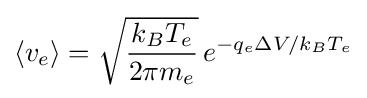
\langle v_{e}\rangle ={\sqrt {\frac {k_{B}T_{e}}{2\pi m_{e}}}}\,e^{-q_{e}\Delta V/k_{B}T_{e}}